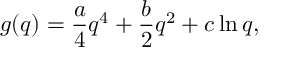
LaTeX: g ( q ) = \frac { a } { 4 } q ^ { 4 } + \frac { b } { 2 } q ^ { 2 } + c \ln { q } ,